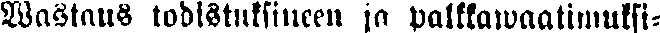
wastaus todistuksineen ja palkkawaatimuksi-